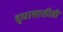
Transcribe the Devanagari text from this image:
दुधासाठीही